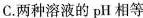
C.两种溶液的pH相等